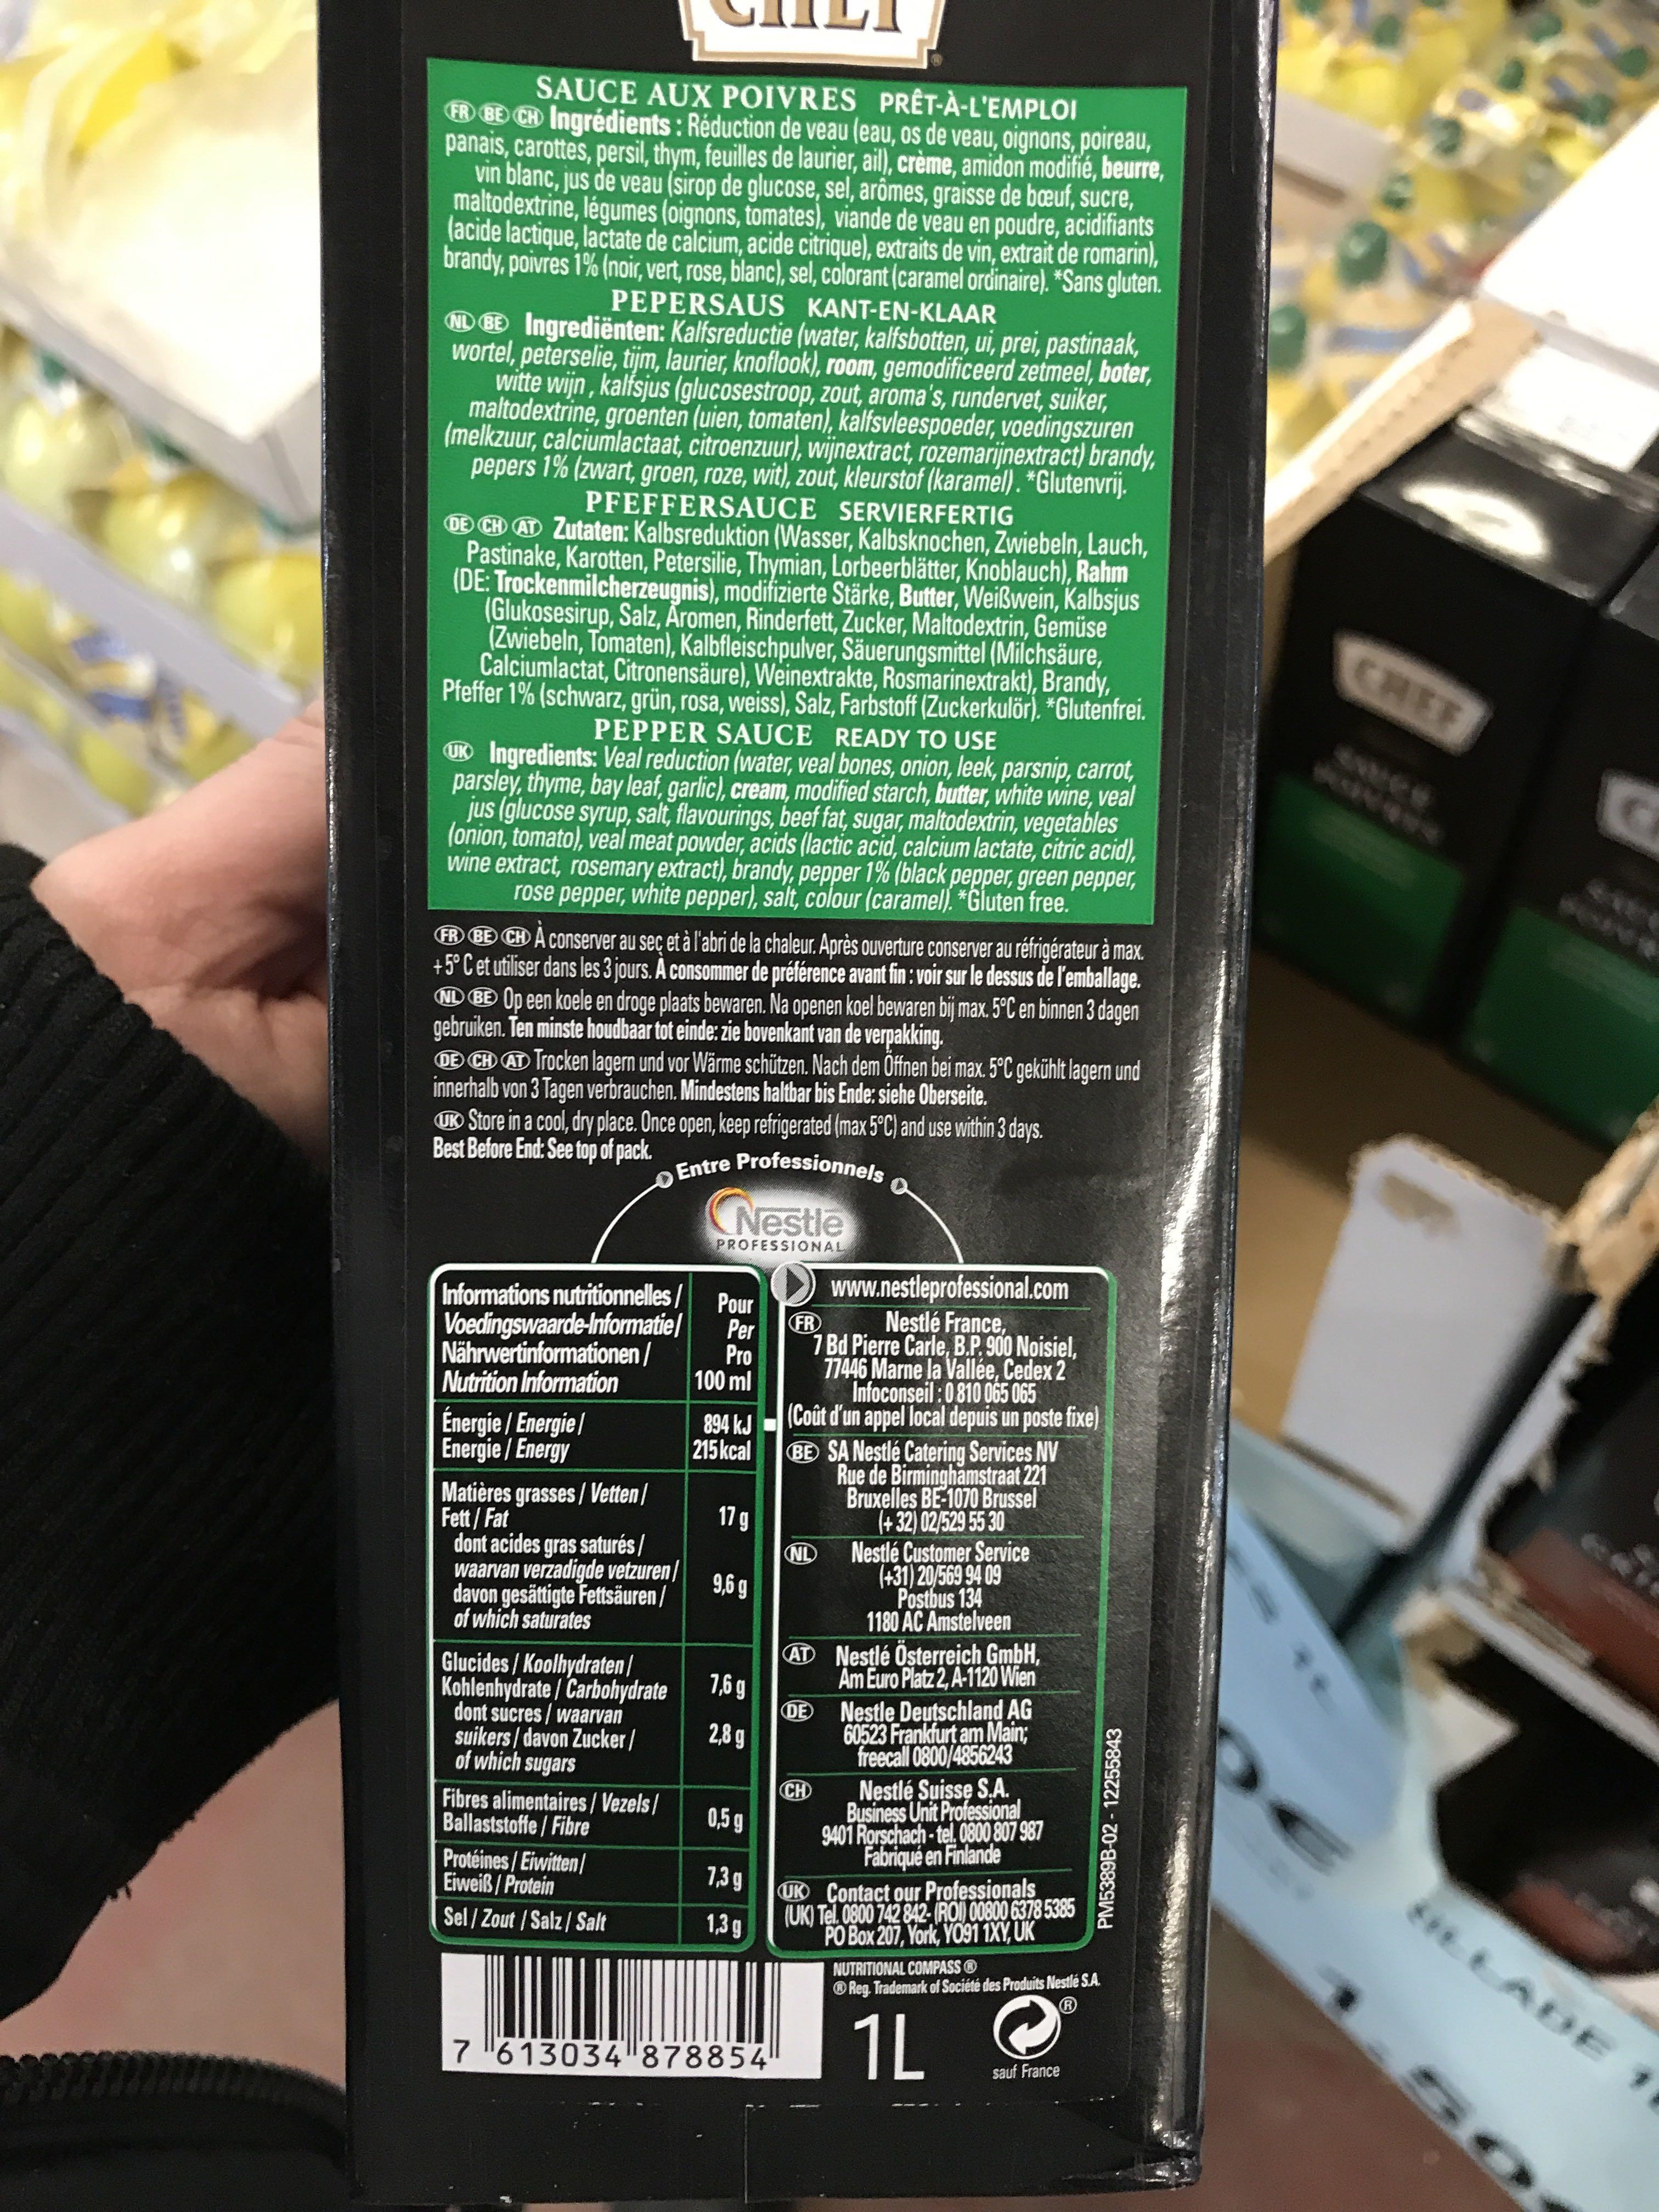
www
SAUCE AUX POIVRES PRÊT-À-L'EMPLOI FR BECH Ingrédients: Réduction de veau (eau, os de veau, oignons, poireau, panais, carottes, persil, thym, feuilles de laurier, ail), crème, amidon modifié, beurre,
vin blanc, jus de veau (sirop de glucose, sel, arômes, graisse de bœuf, sucre, maltodextrine, légumes (oignons, tomates), viande de veau en poudre, acidifiants (acide lactique, lactate de calcium, acide citrique), extraits de vin, extrait de romarin), brandy, poivres 1% (noir, vert, rose, blanc), sel, colorant (caramel ordinaire). *Sans gluten. KANT-EN-KLAAR
PEPERSAUS
ND BE Ingrediënten: Kalfsreductie (water, kalfsbotten, ui, prei, pastinaak, wortel, peterselie, tijm, laurier, knoflook), room, gemodificeerd zetmeel, boter,
witte wijn, kalfsjus (glucosestroop, zout, aroma's, rundervet, suiker, maltodextrine, groenten (uien, tomaten), kalfsvleespoeder, voedingszuren (melkzuur, calciumlactaat, citroenzuur), wijnextract, rozemarijnextract) brandy, pepers 1% (zwart, groen, roze, wit), zout, kleurstof (karamel). *Glutenvrij. PFEFFERSAUCE SERVIERFERTIG
DE CHAT Zutaten: Kalbsreduktion (Wasser, Kalbsknochen, Zwiebeln, Lauch, Pastinake, Karotten, Petersilie, Thymian, Lorbeerblätter, Knoblauch), Rahm (DE: Trockenmilcherzeugnis), modifizierte Stärke, Butter, Weißwein, Kalbsjus (Glukosesirup, Salz, Aromen, Rinderfett, Zucker, Maltodextrin, Gemüse (Zwiebeln, Tomaten), Kalbfleischpulver, Säuerungsmittel (Milchsäure, Calciumlactat, Citronensäure), Weinextrakte, Rosmarinextrakt), Brandy, Pfeffer 1% (schwarz, grün, rosa, weiss), Salz, Farbstoff (Zuckerkulör). *Glutenfrei. PEPPER SAUCE READY TO USE
UK Ingredients: Veal reduction (water, veal bones, onion, leek, parsnip, carrot, parsley, thyme, bay leaf, garlic), cream, modified starch, butter, white wine, veal jus (glucose syrup, salt, flavourings, beef fat, sugar, maltodextrin, vegetables (onion, tomato), veal meat powder, acids (lactic acid, calcium lactate, citric acid), wine extract, rosemary extract), brandy, pepper 1% (black pepper, green pepper, rose pepper, white pepper), salt, colour (caramel). *Gluten free.
FR BE CH A conserver au sec et à l'abri de la chaleur. Après ouverture conserver au réfrigérateur à max. +5°C et utiliser dans les 3 jours. A consommer de préférence avant fin : voir sur le dessus de l'emballage. ND BE Op een koele en droge plaats bewaren. Na openen koel bewaren bij max. 5°C en binnen 3 dagen gebruiken. Ten minste houdbaar tot einde: zie bovenkant van de verpakking.
DECH AT Trocken lagern und vor Wärme schützen. Nach dem Öffnen bei max. 5°C gekühlt lagern und innerhalb von 3 Tagen verbrauchen. Mindestens haltbar bis Ende: siehe Oberseite.
UK Store in a cool, dry place. Once open, keep refrigerated (max 5°C) and use within 3 days. Best Before End: See top of pack.
Entre Professionnels
Informations nutritionnelles/
Voedingswaarde-Informatie/ Nährwertinformationen /
Nutrition Information
Énergie / Energie/ Energie / Energy
Matières grasses/Vetten/ Fett/Fat
dont acides gras saturés/ waarvan verzadigde vetzuren/ davon gesättigte Fettsäuren/ of which saturates
Glucides/Koolhydraten/ Kohlenhydrate/Carbohydrate dont sucres/ waarvan suikers/davon Zucker/ of which sugars
Fibres alimentaires / Vezels/
Ballaststoffe/Fibre
Protéines/Eiwitten/ Eiweiß/Protein Sel/Zout/Salz/Salt
Nestle
PROFESSIONAL
Pour
Per
Pro
100 ml
894 kJ
215 kcal
17 g
9,6 g
7,6 g
2,8 g
0,5 g
7,3g
1,3 g
7613034 878854
www.nestleprofessional.com
FR
Nestlé France,
7 Bd Pierre Carle, B.P. 900 Noisiel, 77446 Marne la Vallée, Cedex 2 Infoconseil :0810 065 065
(Coût d'un appel local depuis un poste fixe)
BE SA Nestlé Catering Services NV Rue de Birminghamstraat 221 Bruxelles BE-1070 Brussel (+32) 02/529 55 30
NL
Nestlé Customer Service
(+31) 20/569 94 09 Postbus 134
1180 AC Amstelveen
AT Nestlé Österreich GmbH,
Am Euro Platz 2, A-1120 Wien DE Nestle Deutschland AG 60523 Frankfurt am Main;
freecall 0800/4856243
CH
Nestlé Suisse S.A. Business Unit Professional 9401 Rorschach-tel. 0800 807 987 Fabriqué en Finlande
UK Contact our Professionals (UK) Tel. 0800 742 842-(ROI) 00800 6378 5385 PO Box 207, York, Y091 1XY, UK
NUTRITIONAL COMPASS Ⓡ Reg. Trademark of Société des Produits Nestlé S.A.
1L
OⓇ
sauf France
PM5389B-02-12255843
CHEF
C